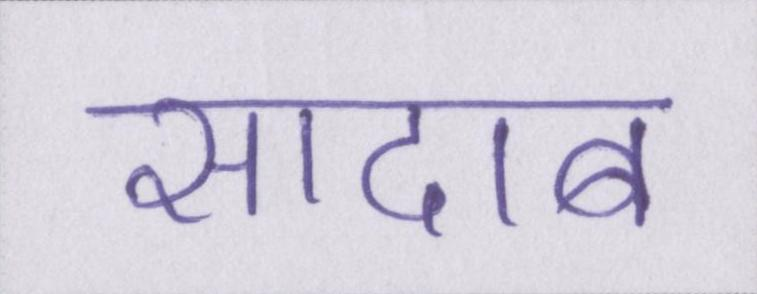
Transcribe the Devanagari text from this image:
सादाब